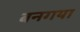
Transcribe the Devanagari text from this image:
बनगया